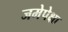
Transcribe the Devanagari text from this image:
जमेपेक्षा